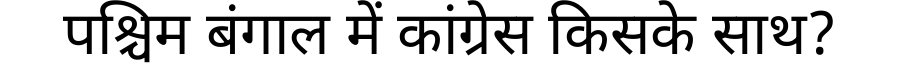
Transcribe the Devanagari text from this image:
पश्चिम बंगाल में कांग्रेस किसके साथ?